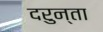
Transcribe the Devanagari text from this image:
दरुन्ता